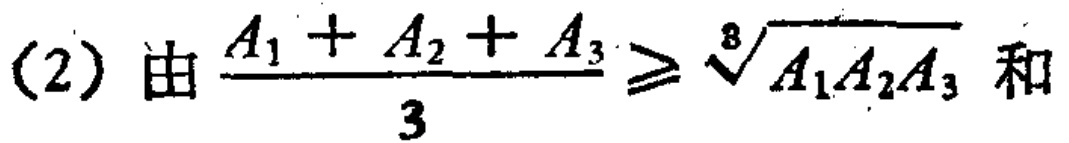
(2) 由$\frac{A_{1} + A_{2} + A_{3}}{3} \geqslant \sqrt[3]{A_{1}A_{2}A_{3}}$和